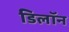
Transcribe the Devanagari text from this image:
डिलॉन